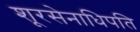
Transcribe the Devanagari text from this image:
शूरसेनाधिपति